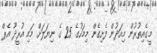
މީގެއިތުރުން މިއަދުން ފެށިގެން މިމަހުގެ 25 ގެ ނިޔަލަށް މައި އުރީދޫ އެޕް